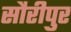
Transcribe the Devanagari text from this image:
सौरीपुर